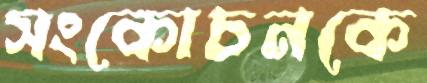
সংকোচনকে